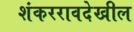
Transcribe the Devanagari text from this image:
शंकररावदेखील